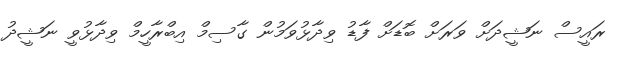
ރައީސް ނަޝީދަށް ވަރަށް ބޮޑަށް ފާޑު ވިދާޅުވަމުން ގާސިމް އިބްރާހީމް ވިދާޅުވީ ނަޝީދު